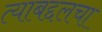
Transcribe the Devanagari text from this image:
त्याबद्दलचा